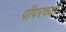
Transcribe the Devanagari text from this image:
पॉपरच्या